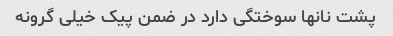
پشت نانها سوختگی دارد در ضمن پیک خیلی گرونه